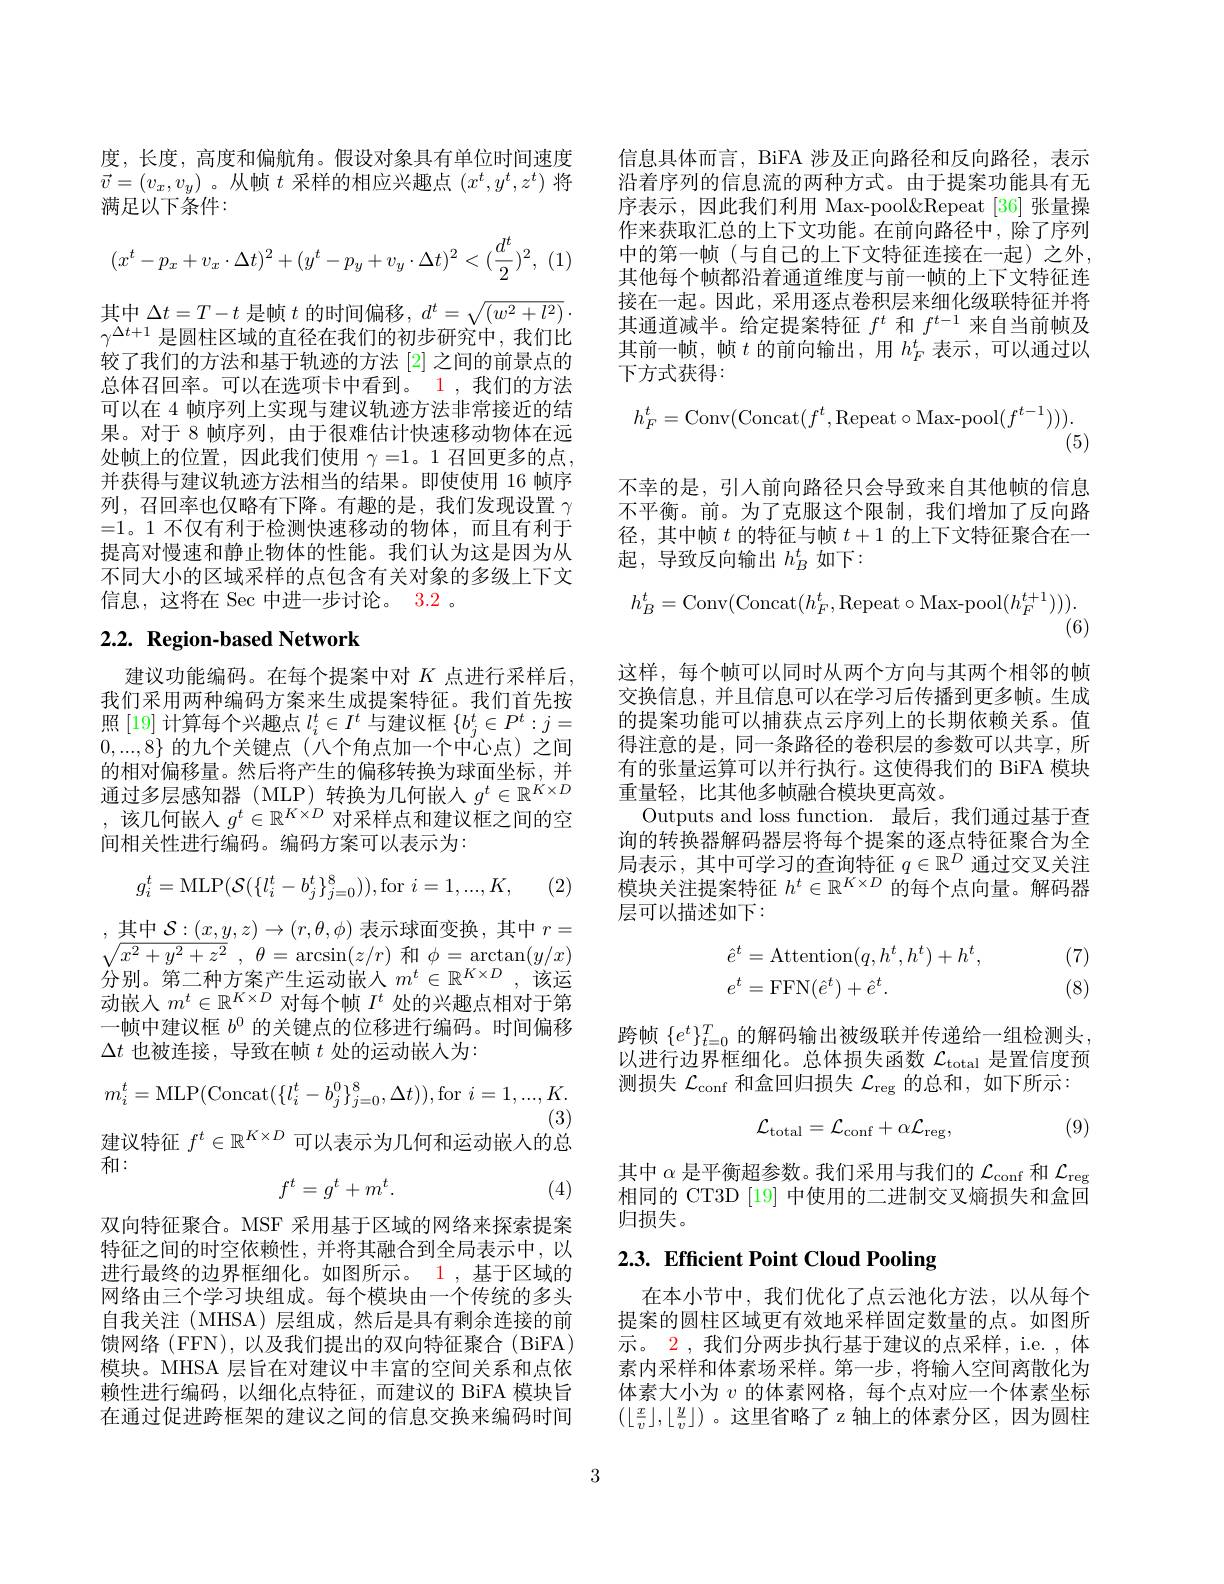
度，长度，高度和偏航角。假设对象具有单位时间速度$\vec{v}=(v_x,v_y)$。从帧$t$采样的相应兴趣点$(x^t,y^t,z^t)$将满足以下条件：
$$(x^t-p_x+v_x\cdot\Delta t)^2+(y^t-p_y+v_y\cdot\Delta t)^2<(\dfrac{d^t}{2})^2,$$
其中$\Delta t=T-t$是帧$t$的时间偏移，$d^t=\sqrt{(w^2+l^2)}.$ $\gamma^{\Delta t+1}$是圆柱区域的直径在我们的初步研究中，我们比较了我们的方法和基于轨迹的方法 [2] 之间的前景点的总体召回率。可以在选项卡中看到。1 ,我们的方法可以在 4 帧序列上实现与建议轨迹方法非常接近的结果。对于 8 帧序列，由于很难估计快速移动物体在远处帧上的位置，因此我们使用 $\gamma=1$。1 召回更多的点， 并获得与建议轨迹方法相当的结果。即使使用 16 帧序列，召回率也仅略有下降。有趣的是，我们发现设置$\gamma$ =1。1 不仅有利于检测快速移动的物体，而且有利于提高对慢速和静止物体的性能。我们认为这是因为从不同大小的区域采样的点包含有关对象的多级上下文信息，这将在 Sec 中进一步讨论。3.2 。

## $2. 2. \textbf{Region- based Network}$

建议功能编码。在每个提案中对$K$点进行采样后， 我们采用两种编码方案来生成提案特征。我们首先按照[19]计算每个兴趣点$l_i^t\in I^t$与建议框$\{b_j^t\in P^t:j=$ $0,...,8\}$的九个关键点(八个角点加一个中心点)之间的相对偏移量。然后将产生的偏移转换为球面坐标，并通过多层感知器(MLP)转换为几何嵌人$g^t\in\mathbb{R}^{K\times D}$ ,该几何嵌人$g^t\in\mathbb{R}^{K\times D}$对采样点和建议框之间的空间相关性进行编码。编码方案可以表示为：

(2)
$$g_{i}^{t}=\mathrm{MLP}(\mathcal{S}(\{l_{i}^{t}-b_{j}^{t}\}_{j=0}^{8})),\mathrm{for}\:i=1,...,K,$$
,其中$\mathcal{S}:(x,y,z)\to(r,\theta,\phi)$表示球面变换，其中$r=$ $\sqrt {x^2+ y^2+ z^2}$ , $\theta = \arcsin ( z/ r)$和$\phi=\arctan(y/x)$ 分别。第二种方案产生运动嵌入$m^t\in\mathbb{R}^{K\times D}$,该运动嵌入$m^t\in\mathbb{R}^{K\times D}$对每个帧$I^t$处的兴趣点相对于第一帧中建议框$b^{0}$的关键点的位移进行编码。时间偏移$\Delta t$也被连接，导致在帧$t$处的运动嵌人为：
$$m_{i}^{t}=\mathrm{MLP}(\mathrm{Concat}(\{l_{i}^{t}-b_{j}^{0}\}_{j=0}^{8},\Delta t)),\mathrm{for}\:i=1,...,K.$$
(3)
建议特征$f^t\in\mathbb{R}^{K\times D}$可以表示为几何和运动嵌入的总
和：
$$f^t=g^t+m^t.$$
(4)

双向特征聚合。MSF 采用基于区域的网络来探索提案特征之间的时空依赖性，并将其融合到全局表示中，以进行最终的边界框细化。如图所示。1 ,基于区域的网络由三个学习块组成。每个模块由一个传统的多头自我关注(MHSA)层组成，然后是具有剩余连接的前馈网络 (FFN), 以及我们提出的双向特征聚合 (BiFA) 模块。MHSA 层旨在对建议中丰富的空间关系和点依赖性进行编码，以细化点特征，而建议的 BiFA 模块旨在通过促进跨框架的建议之间的信息交换来编码时间

信息具体而言，BiFA 涉及正向路径和反向路径，表示沿着序列的信息流的两种方式。由于提案功能具有无序表示，因此我们利用 Max-pool&Repeat[36] 张量操作来获取汇总的上下文功能。在前向路径中，除了序列中的第一帧(与自己的上下文特征连接在一起)之外， 其他每个帧都沿着通道维度与前一帧的上下文特征连接在一起。因此，采用逐点卷积层来细化级联特征并将其通道减半。给定提案特征$f^t$和$f^{t-1}$来自当前帧及其前一帧，帧$t$的前向输出，用$h_F^t$表示，可以通过以下方式获得：
$$h_F^t=\mathrm{Conv}(\mathrm{Concat}(f^t,\mathrm{Repeat}\circ\mathrm{Max-pool}(f^{t-1}))).$$
不幸的是，引人前向路径只会导致来自其他帧的信息不平衡。前。为了克服这个限制，我们增加了反向路径，其中帧$t$的特征与帧$t+1$的上下文特征聚合在一起，导致反向输出$h_B^t$如下：
$$h_B^t=\mathrm{Conv}(\mathrm{Concat}(h_F^t,\mathrm{Repeat}\circ\mathrm{Max-pool}(h_F^{t+1}))).$$
(6)

这样，每个帧可以同时从两个方向与其两个相邻的帧交换信息，并且信息可以在学习后传播到更多帧。生成的提案功能可以捕获点云序列上的长期依赖关系。值得注意的是，同一条路径的卷积层的参数可以共享，所有的张量运算可以并行执行。这使得我们的 BiFA 模块重量轻，比其他多帧融合模块更高效。
Outputs and loss function. 最后，我们通过基于查询的转换器解码器层将每个提案的逐点特征聚合为全局表示，其中可学习的查询特征$q\in\mathbb{R}^D$通过交叉关注模块关注提案特征$h^t\in\mathbb{R}^{K\times D}$的每个点向量。解码器层可以描述如下：
$$\begin{aligned}\hat{e}^t&=\text{Attention}(q,h^t,h^t)+h^t,\\e^t&=\text{FFN}(\hat{e}^t)+\hat{e}^t.\end{aligned}$$
(7) (8)

跨帧$\{e^t\}_{t=0}^T$的解码输出被级联并传递给一组检测头， 以进行边界框细化。总体损失函数$\mathcal{L}_\mathrm{total}$是置信度预测损失$\mathcal{L}_\mathrm{conf}$和盒回归损失$\mathcal{L}_\mathrm{reg}$的总和，如下所示：
$$\mathcal{L}_{\mathrm{total}}=\mathcal{L}_{\mathrm{conf}}+\alpha\mathcal{L}_{\mathrm{reg}},$$
(9)

其中$\alpha$是平衡超参数。我们采用与我们的$\mathcal{L}_\mathrm{conf}$和$\mathcal{L}_\mathrm{reg}$ 相同的 CT3D [19] 中使用的二进制交叉熵损失和盒回归损失。

# 2.3. Efficient Point Cloud Pooling

在本小节中，我们优化了点云池化方法，以从每个提案的圆柱区域更有效地采样固定数量的点。如图所示。2 , 我们分两步执行基于建议的点采样，i.e. , 体素内采样和体素场采样。第一步，将输人空间离散化为体素大小为$v$的体素网格，每个点对应一个体素坐标$(\lfloor\frac xv\rfloor,\lfloor\frac yv\rfloor)$。这里省略了 z 轴上的体素分区，因为圆柱

3